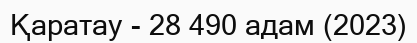
Қаратау - 28 490 адам (2023)